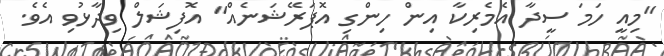
"މިއީ ހަމަ ސީދާ އެމެރިކާ އިން ހިންގި އޮޕަރޭޝަނެއް" އޮފިޝަލް ވިދާޅުވި އެވެ.